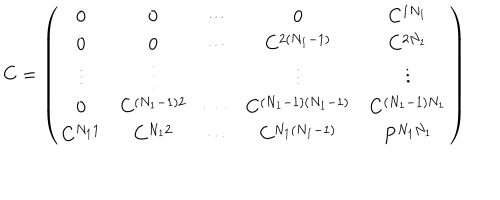
C = \left( \begin{array} { c c c c c } { { 0 } } & { { 0 } } & { { \cdots } } & { { 0 } } & { { C ^ { 1 N _ { 1 } } } } \\ { { 0 } } & { { 0 } } & { { \cdots } } & { { C ^ { 2 ( N _ { 1 } - 1 ) } } } & { { C ^ { 2 N _ { 1 } } } } \\ { { \vdots } } & { { \vdots } } & { { { } } } & { { \vdots } } & { { \vdots } } \\ { { 0 } } & { { C ^ { ( N _ { 1 } - 1 ) 2 } } } & { { \cdots } } & { { C ^ { ( N _ { 1 } - 1 ) ( N _ { 1 } - 1 ) } } } & { { C ^ { ( N _ { 1 } - 1 ) N _ { 1 } } } } \\ { { C ^ { N _ { 1 } 1 } } } & { { C ^ { N _ { 1 } 2 } } } & { { \cdots } } & { { C ^ { N _ { 1 } ( N _ { 1 } - 1 ) } } } & { { P ^ { N _ { 1 } N _ { 1 } } } } \\ \end{array} \right)